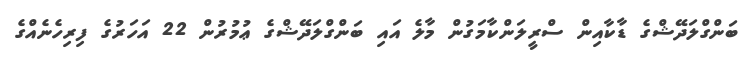
ބަންގްލަދޭޝްގެ ޑާކާއިން ސްރީލަންކާމަގުން މާލެ އައި ބަންގްލަދޭޝްގެ ޢުމުރުން 22 އަހަރުގެ ފިރިހެނެއްގެ